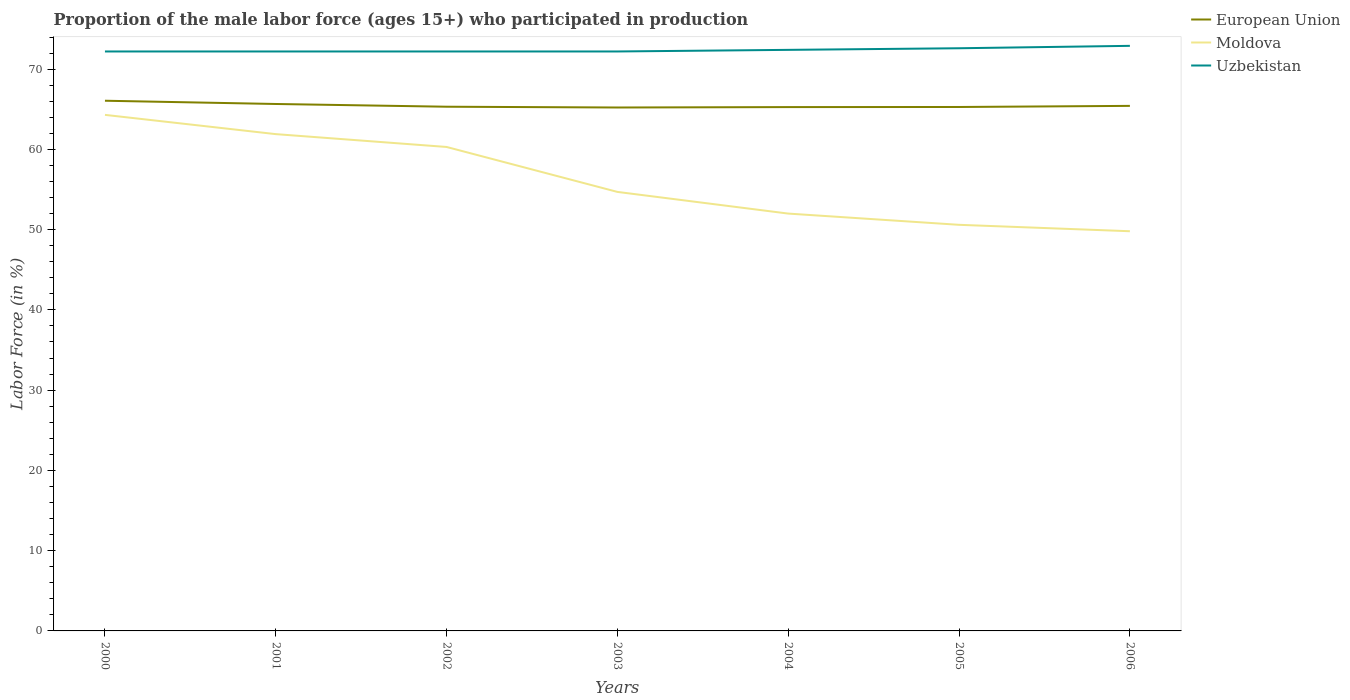
| Years | European Union | Moldova | Uzbekistan |
 | --- | --- | --- | --- |
 | 2000 | 66.1 | 64.3 | 72.2 |
 | 2001 | 65.7 | 61.9 | 72.2 |
 | 2002 | 65.3 | 60.3 | 72.2 |
 | 2003 | 65.2 | 54.7 | 72.2 |
 | 2004 | 65.3 | 52 | 72.4 |
 | 2005 | 65.3 | 50.6 | 72.6 |
 | 2006 | 65.4 | 49.8 | 72.9 |